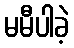
မမီပါခဲ့